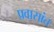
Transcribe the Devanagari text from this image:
प्रवासांत